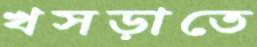
খসড়াতে